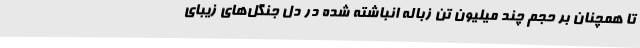
تا همچنان بر حجم چند میلیون تن زباله انباشته شده در دل جنگل‌های زیبای